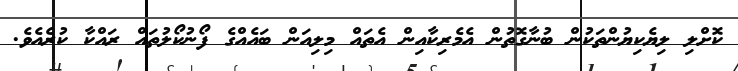
ކޮށްލި ލިޔެކިޔުންތަކުން ބުނާގޮތުން އެމެރިކާއިން އެތައް މިލިއަން ބައެއްގެ ފޯނުކޯލުތައް ރައްކާ ކުރެއެވެ.